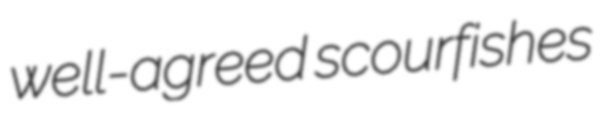
well-agreed scourfishes